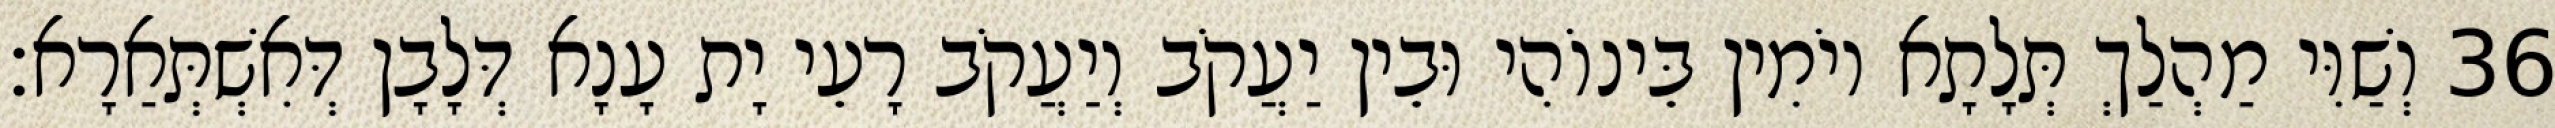
36 וְשַׁוִּי מַהְלַךְ תְּלָתָא יוֹמִין בֵּינוֹהִי וּבֵין יַעֲקֹב וְיַעֲקֹב רָעֵי יָת עָנָא דְּלָבָן דְּאִשְׁתְּאַרָא׃